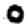
Digit: 0